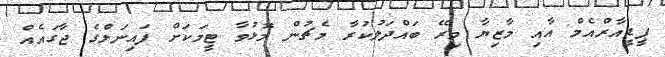
ޕީޑީއާރްއެމް އާއި މާޒިޔާ މިރޭ ބައްދަލުކުރާ މެޗުން މޮޅުވާ ޓީމަކަށް ފައިނަލްގެ ޖާގައެއް